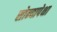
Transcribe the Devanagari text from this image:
सोन्यापेक्षा